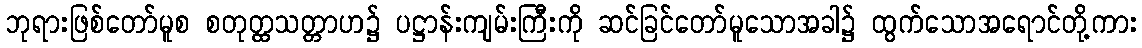
ဘုရားဖြစ်တော်မူစ စတုတ္ထသတ္တာဟ၌ ပဋ္ဌာန်းကျမ်းကြီးကို ဆင်ခြင်တော်မူသောအခါ၌ ထွက်သောအရောင်တို့ကား